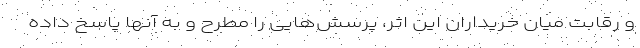
و رقابت میان خریداران این اثر، پرسش‌هایی را مطرح و به آنها پاسخ داده